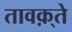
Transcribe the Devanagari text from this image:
तावक़्ते